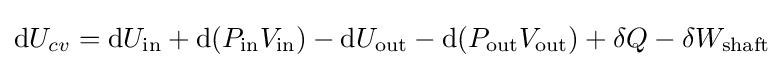
\mathrm {d} U_{cv}=\mathrm {d} U_{\text{in}}+\mathrm {d} (P_{\text{in}}V_{\text{in}})-\mathrm {d} U_{\text{out}}-\mathrm {d} (P_{\text{out}}V_{\text{out}})+\delta Q-\delta W_{\text{shaft}}